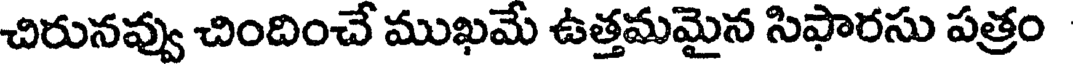
చిరునవ్వు చిందించే ముఖమే ఉత్తమమైన సిఫారసు పత్రం